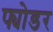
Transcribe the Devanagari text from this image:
फ्योडर